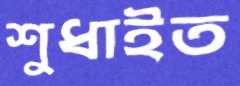
শুধাইত